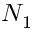
N _ { 1 }